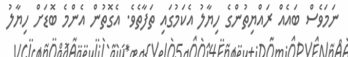
ނަމަވެސް ބައެއް ރައްޔިތުންގެ ހިޔާލު އެކަމުގައި ތަފާތެވެ. އެގޮތުން އެންމެ ބޮޑަށް ހިޔާލު